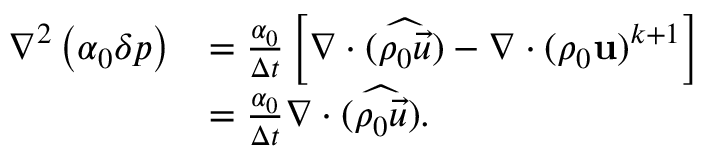
\begin{array} { r l } { \nabla ^ { 2 } \left( \alpha _ { 0 } \delta p \right) } & { = \frac { \alpha _ { 0 } } { \Delta t } \left[ \nabla \cdot ( \widehat { \rho _ { 0 } \vec { u } } ) - \nabla \cdot ( \rho _ { 0 } \mathbf { u } ) ^ { k + 1 } \right] } \\ & { = \frac { \alpha _ { 0 } } { \Delta t } \nabla \cdot ( \widehat { \rho _ { 0 } \vec { u } } ) . } \end{array}